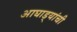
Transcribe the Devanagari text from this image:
आघाड्यांची